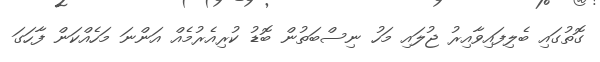
ގޮތުގައި ބެލިފައިވާއިރު ޖުލައި މަހު ނިސްބަތުން ބޮޑު ކުރިއެރުމެއް އަންނަ މަހެއްކަން ފާހަގަ